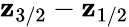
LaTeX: \mathbf{z}_{3/2}-\mathbf{z}_{1/2}